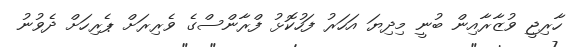
ހާރިޖީ ވުޒާރާއިން ބުނީ މިދިޔަ އަހަރު ފަހުކޮޅު ފްރާންސްގެ ވެރިރަށް ޕެރިހަށް ދެވުނު